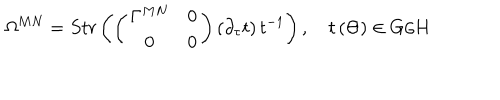
LaTeX: \Omega ^ { M N } = S t r \left( \left( \begin{array} { c c } { { \Gamma ^ { M N } } } & { { 0 } } \\ { { 0 } } & { { 0 } } \\ \end{array} \right) \left( \partial _ { \tau } t \right) t ^ { - 1 } \right) , \quad t \left( \Theta \right) \in G / H